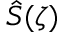
\hat { S } ( \zeta )